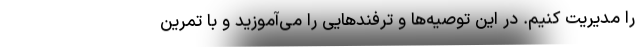
را مدیریت کنیم. در این توصیه‌ها و ترفندهایی را می‌آموزید و با تمرین